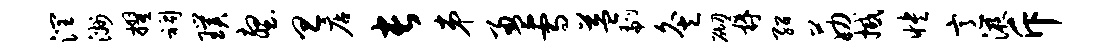
润洲擢祠璞壑旦店长弟盈雪益翩灸砌鼎绍筋撼怏意液斥